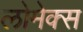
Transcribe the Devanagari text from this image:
लोमेक्स